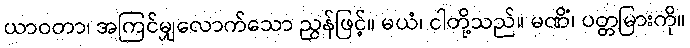
ယာဝတာ၊ အကြင်မျှလောက်သော ညွန်ဖြင့်။ မယံ၊ ငါတို့သည်။ မဏိံ၊ ပတ္တမြားကို။